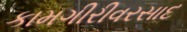
કામગીરીવરસાદ